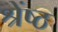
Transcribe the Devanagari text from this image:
श्रेंष्ठ